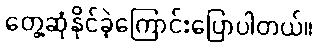
တွေ့ဆုံနိုင်ခဲ့ကြောင်းပြောပါတယ်။